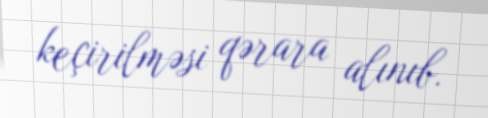
keçirilməsi qərara alınıb.